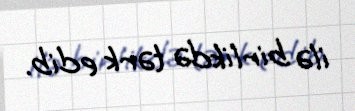
ilə birlikdə tərk edib.